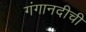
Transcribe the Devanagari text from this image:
गंगानदीची